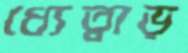
ধ্যেত্বাড়